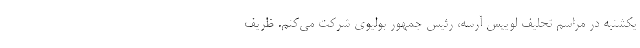
یکشنبه در مراسم تحلیف لوییس آرسه، رئیس جمهور بولیوی شرکت می‌کنم. ظریف